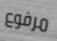
مرفوع